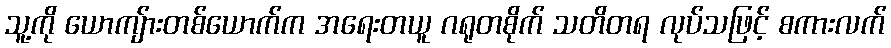
သူ့ကို ယောကျ်ားတစ်ယောက်က အရေးတယူ ဂရုတစိုက် သတိတရ လုပ်သဖြင့် စကားလက်